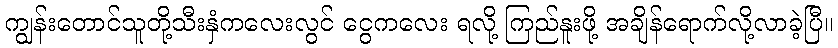
ကျွန်းတောင်သူတို့သီးနှံကလေးလွင် ငွေကလေး ရလို့ ကြည်နူးဖို့ အချိန်ရောက်လို့လာခဲ့ပြီ။